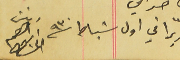
تحريراً في اول شباط سنة ٩٣٠ رئيسَ ابرهىم الحىاط